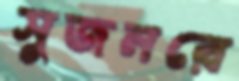
সুজনরে